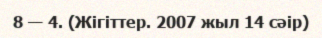
8 — 4. (Жігіттер. 2007 жыл 14 сәір)